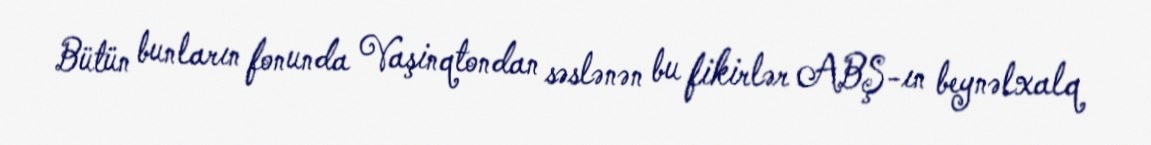
Bütün bunların fonunda Vaşinqtondan səslənən bu fikirlər ABŞ-ın beynəlxalq